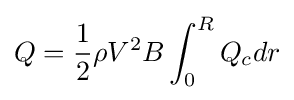
Q={\frac {1}{2}}\rho V^{2}B\int _{0}^{R}Q_{c}dr